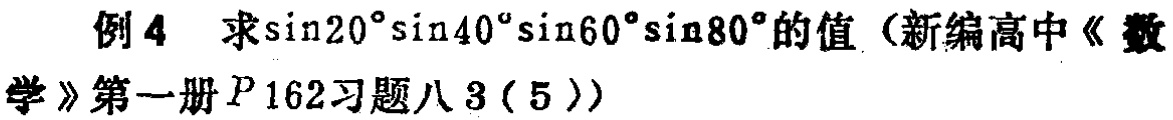
例4 求\(\sin20^{\circ}\sin40^{\circ}\sin60^{\circ}\sin80^{\circ}\)的值（新编高中《数学》第一册\(P162\)习题八\(3(5)\)）